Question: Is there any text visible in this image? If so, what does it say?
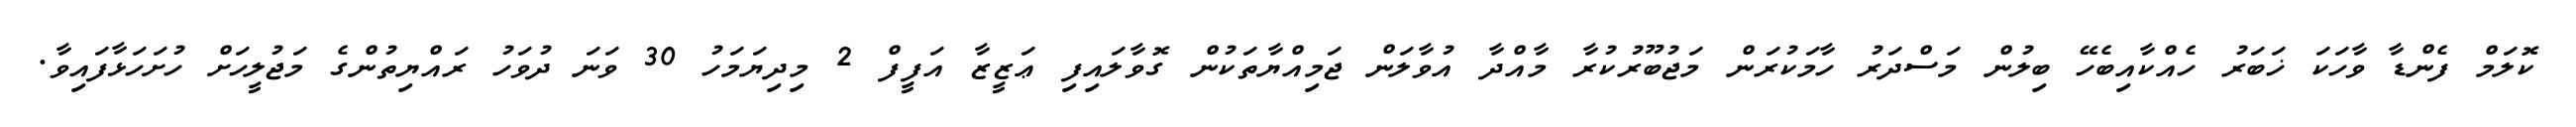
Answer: ކޮލަމް ފެންޑާ ވާހަކަ ޚަބަރު ހެއްކާއިބެހޭ ބިލުން މަސްދަރު ހާމަކުރަން މަޖުބޫރުކުރާ މާއްދާ އުވާލަން ޖަމިއްޔާތަކުން ގޮވާލައިފި ޢަޒީޒާ އަފީފް 2 މިދިޔަމަހު 30 ވަނަ ދުވަހު ރައްޔިތުންގެ މަޖުލީހަށް ހުށަހަޅާފައިވާ.